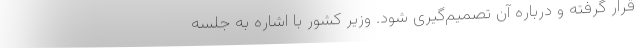
قرار گرفته و درباره آن تصمیم‌گیری شود. وزیر کشور با اشاره به جلسه